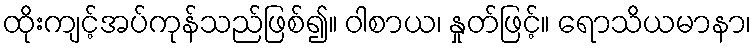
ထိုးကျင့်အပ်ကုန်သည်ဖြစ်၍။ ဝါစာယ၊ နှုတ်ဖြင့်။ ရောသိယမာနာ၊